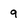
Character: 9